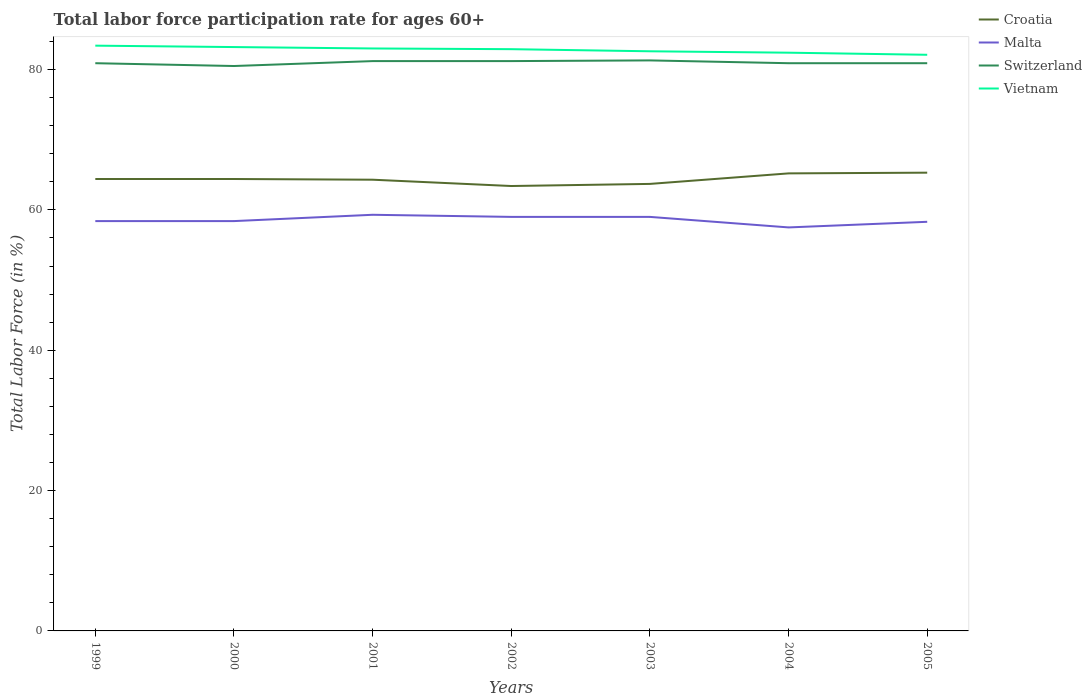
| Years | Croatia | Malta | Switzerland | Vietnam |
 | --- | --- | --- | --- | --- |
 | 1999 | 64.4 | 58.4 | 80.9 | 83.4 |
 | 2000 | 64.4 | 58.4 | 80.5 | 83.2 |
 | 2001 | 64.3 | 59.3 | 81.2 | 83 |
 | 2002 | 63.4 | 59 | 81.2 | 82.9 |
 | 2003 | 63.7 | 59 | 81.3 | 82.6 |
 | 2004 | 65.2 | 57.5 | 80.9 | 82.4 |
 | 2005 | 65.3 | 58.3 | 80.9 | 82.1 |